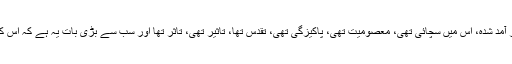
اسلامی تہذیب کا مشترکہ ورثہ تھا جو مغرب سے مستعار تھا نہ در آمد شدہ، اس میں سچائی تھی، معصومیت تھی، پاکیزگی تھی، تقدس تھا، تاثیر تھی، تاثر تھا اور سب سے بڑی بات یہ ہے کہ اس کی بنیادیں مذہب و اخلاق اور ایمان و یقین سے وابستہ و پیوستہ تھیں۔